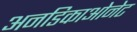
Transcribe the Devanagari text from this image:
अनडिकाओनेट